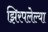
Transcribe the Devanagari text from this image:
झिरपलेल्या